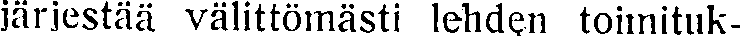
järjestää välittömästi lehden toimituk-